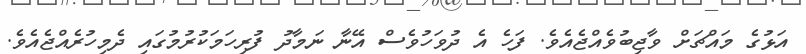
އަޅުގެ މައްޗަށް ވާޖިބުވެއްޖެއެވެ. ފަހެ އެ ދުވަހުވެސް އޭނާ ނަމާދު ފުރިހަމަކުރުމުގައި ދެމިހުރެއްޖެއެވެ.